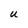
Character: U